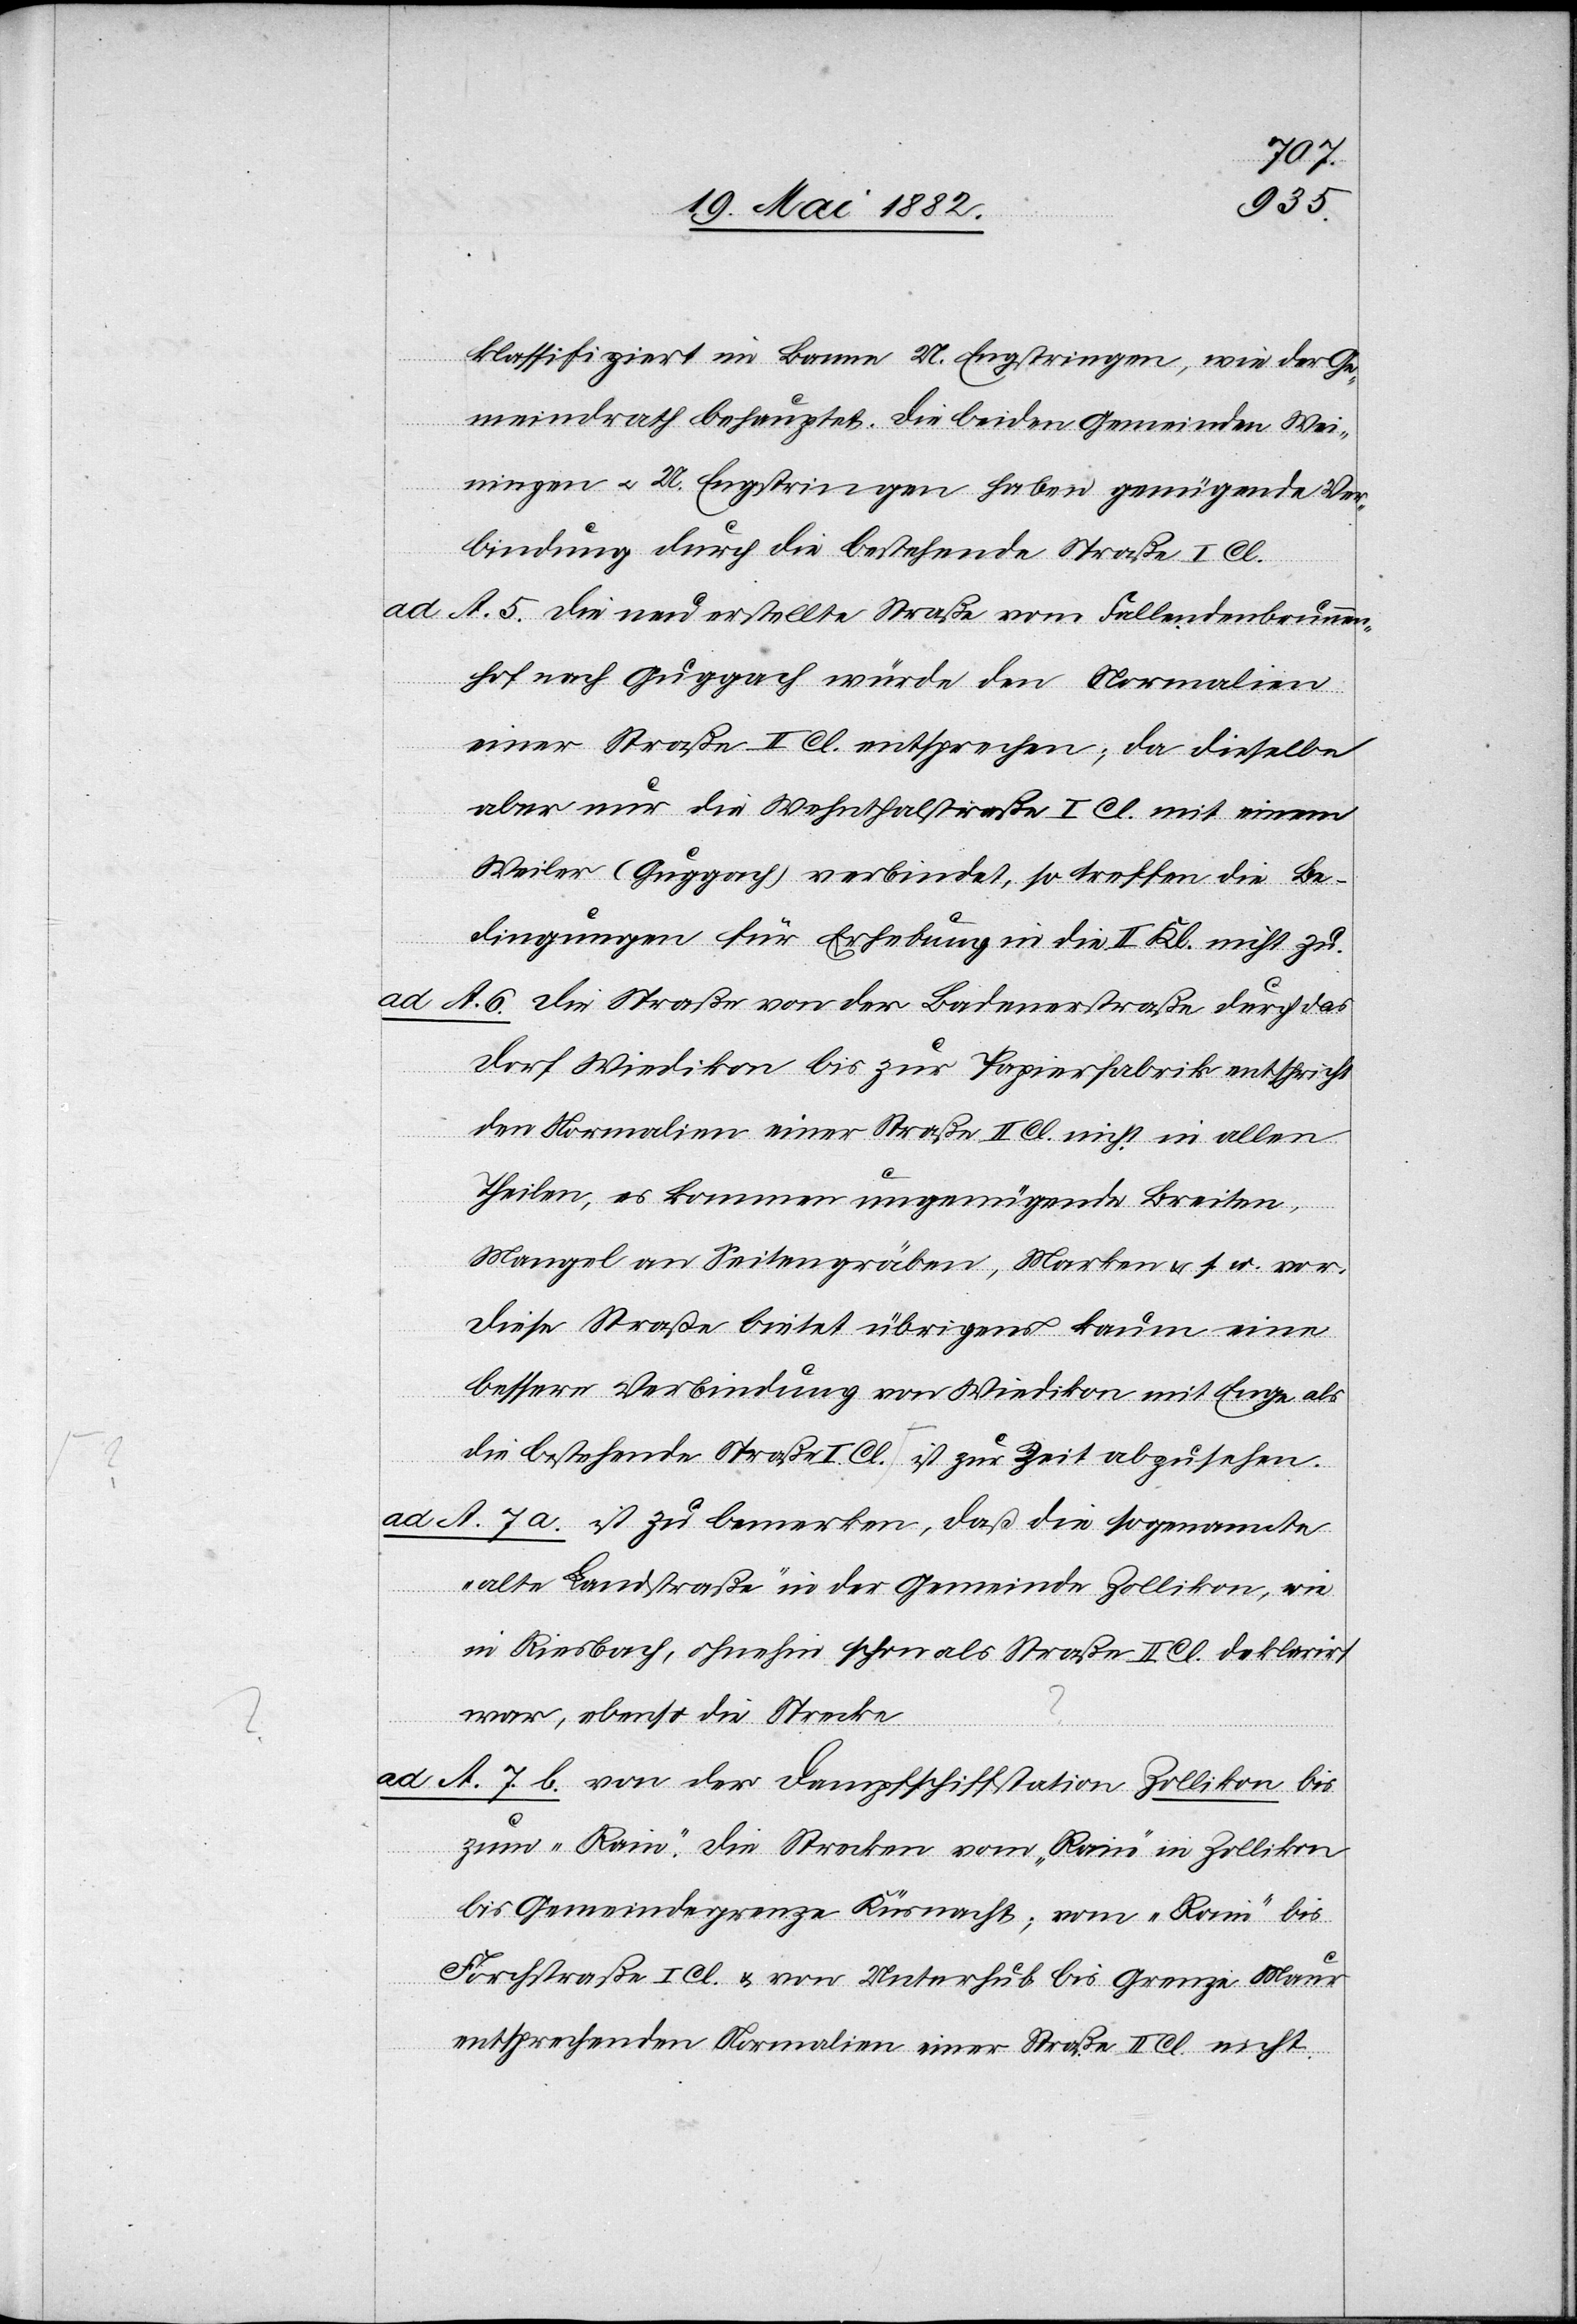
klassifizirt im Banne U. Engstringen, wie der Ge¬
meindrath behauptet. Die beiden Gemeinden Wei¬
ningen u. U. Engstringen haben genügende Ver¬
bindung durch die bestehende Straße I. Cl.
ad A. 5. Die neu erstellte Straße vom Fallendenbrunnen¬
hof nach Guggach würde den Normalien
einer Straße II. Cl. entsprechen; da dieselbe
aber nur die Wehnthalstraße I. Cl. mit einem
Weiler (Guggach) verbindet, so treffen die Be¬
dingungen für Erhebung in die II. Kl. nicht zu.
ad
A. 6. Die Straße von der Badenerstraße durch das
Dorf Wiedikon bis zur Papierfabrik entspricht
den Normalien einer Straße II. Cl. nicht in allen
Theilen, es kommen ungenügende Breiten,
Mangel an Seitengräben, Marken & s. w. vor.
Diese Straße bildet übrigens kaum eine
bessere Verbindung von Wiedikon mit Enge als
die bestehende Straße I. Cl. ist zur Zeit abzusehen
ad A. 7. a. ist zu bemerken, daß die sogenannte
„alte Landstraße“ in der Gemeinde Zollikon, wie
in Riesbach, ohnehin schon als Straße II. Cl. deklarirt
war, ebenso die Strecke
ad A. 7. b. von der Dampfschiffstation Zollikon bis
zum „Rain“. Die Strecken vom „Rain“ in Zollikon
bis Gemeindegrenze Küsnacht; vom „Rain“ bis
Forchstraße I. Cl. & von Unterhub bis Grenze Maur
entsprechen den Normalien einer Straße II. Cl. nicht.